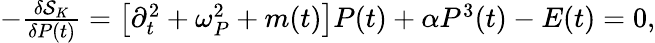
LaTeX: \begin{array}{r}{-\frac{\delta{\cal S}_{K}}{\delta P(t)}=\left[\partial_{t}^{2}+\omega_{P}^{2}+m(t)\right]P(t)+\alpha P^{3}(t)-E(t)=0,}\end{array}